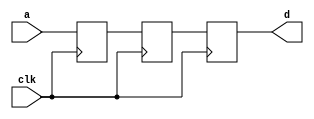
module reg16_ex4(clk,a,d);

	input clk,a;
	output reg d;
	reg b,c;

	always @ (posedge clk)
	begin
		b <= a;
		c <= b;
		d <= c;
	end

endmodule